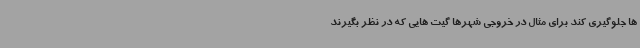
ها جلوگیری کند برای مثال در خروجی شهرها گیت هایی که در نظر بگیرند